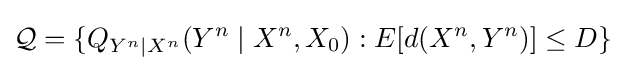
{\mathcal {Q}}=\{Q_{Y^{n}\mid X^{n}}(Y^{n}\mid X^{n},X_{0}):E[d(X^{n},Y^{n})]\leq D\}